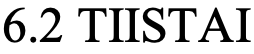
6.2 TIISTAI